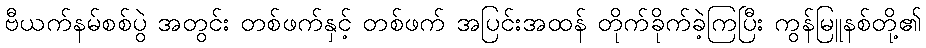
ဗီယက်နမ်စစ်ပွဲ အတွင်း တစ်ဖက်နှင့် တစ်ဖက် အပြင်းအထန် တိုက်ခိုက်ခဲ့ကြပြီး ကွန်မြူနစ်တို့၏